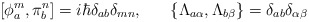
\begin{align*}[\phi^m_a, \pi^n_b] = i\hbar \delta_{ab} \delta_{mn}, \; \; \; \; \; \; \{\Lambda_{a\alpha}, \Lambda_{b\beta}\} = \delta_{ab} \delta_{\alpha\beta}\end{align*}